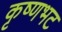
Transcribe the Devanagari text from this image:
कृष्णभट